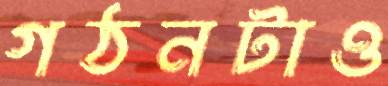
গঠনটাও